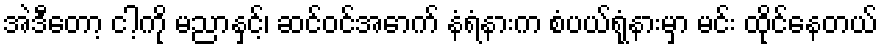
အဲဒီတော့ ငါ့ကို မညာနှင့်၊ ဆင်ဝင်အောက် နံရံနားက စံပယ်ရုံနားမှာ မင်း ထိုင်နေတယ်